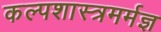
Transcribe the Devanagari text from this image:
कल्पशास्त्रमर्मज्ञ